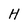
Character: H